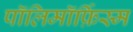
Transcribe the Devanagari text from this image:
पॉलिमॉर्फ़िस्म